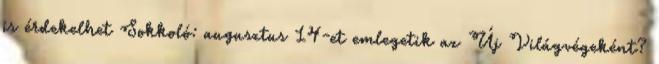
is érdekelhet Sokkoló: augusztus 14-et emlegetik az Új Világvégeként?